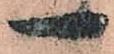
一